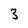
Character: 3